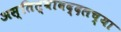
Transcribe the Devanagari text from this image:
अस्तित्वाबद्दलच्या